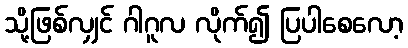
သို့ဖြစ်လျှင် ဂါဂူလ လိုက်၍ ပြပါစေလော့